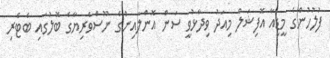
ފުލުހުންގެ މީޑިއާ އޮފިޝަލް މިއަދު ވިދާޅުވީ ސަން އޮންލައިންގެ ނޫސްވެރިޔާގެ ބޮލުގައި ބެޓެރި